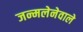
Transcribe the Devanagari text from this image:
जन्मलेनेवाले